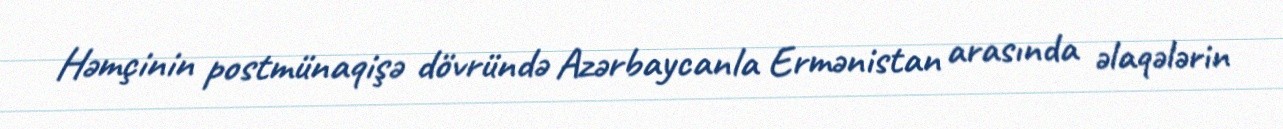
Həmçinin postmünaqişə dövründə Azərbaycanla Ermənistan arasında əlaqələrin